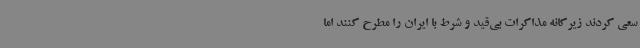
سعی کردند زیرکانه مذاکرات بی‌قید و شرط با ایران را مطرح کنند اما